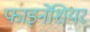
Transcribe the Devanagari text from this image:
फाइनेंशियर